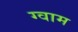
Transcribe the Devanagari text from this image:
ग्वाम